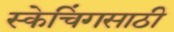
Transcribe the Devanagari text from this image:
स्केचिंगसाठी